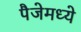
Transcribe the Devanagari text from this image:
पैजेमध्ये